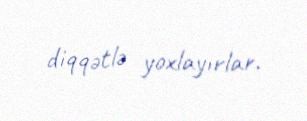
diqqətlə yoxlayırlar.